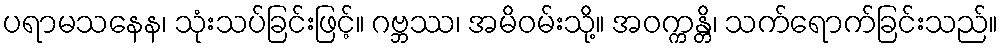
ပရာမသနေန၊ သုံးသပ်ခြင်းဖြင့်။ ဂဗ္ဘဿ၊ အမိဝမ်းသို့။ အဝက္ကန္တိ၊ သက်ရောက်ခြင်းသည်။